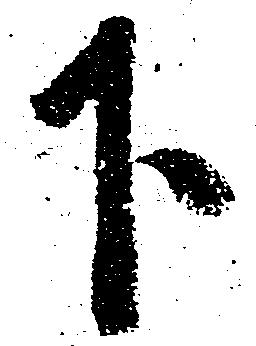
下